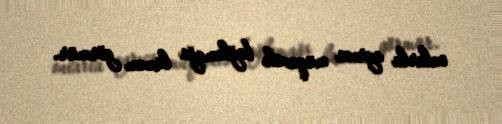
onlarla ayrıca müqavilə bağlamağa lüzum görmür.